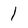
Character: 1